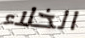
الخلاء